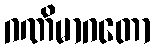
ဂဏိမာဂတော